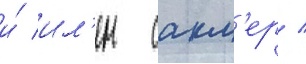
и́ ил'ен сакл'ер /